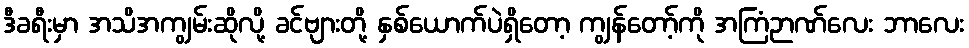
ဒီခရီးမှာ အသိအကျွမ်းဆိုလို့ ခင်ဗျားတို့ နှစ်ယောက်ပဲရှိတော့ ကျွန်တော့်ကို အကြံဉာဏ်လေး ဘာလေး